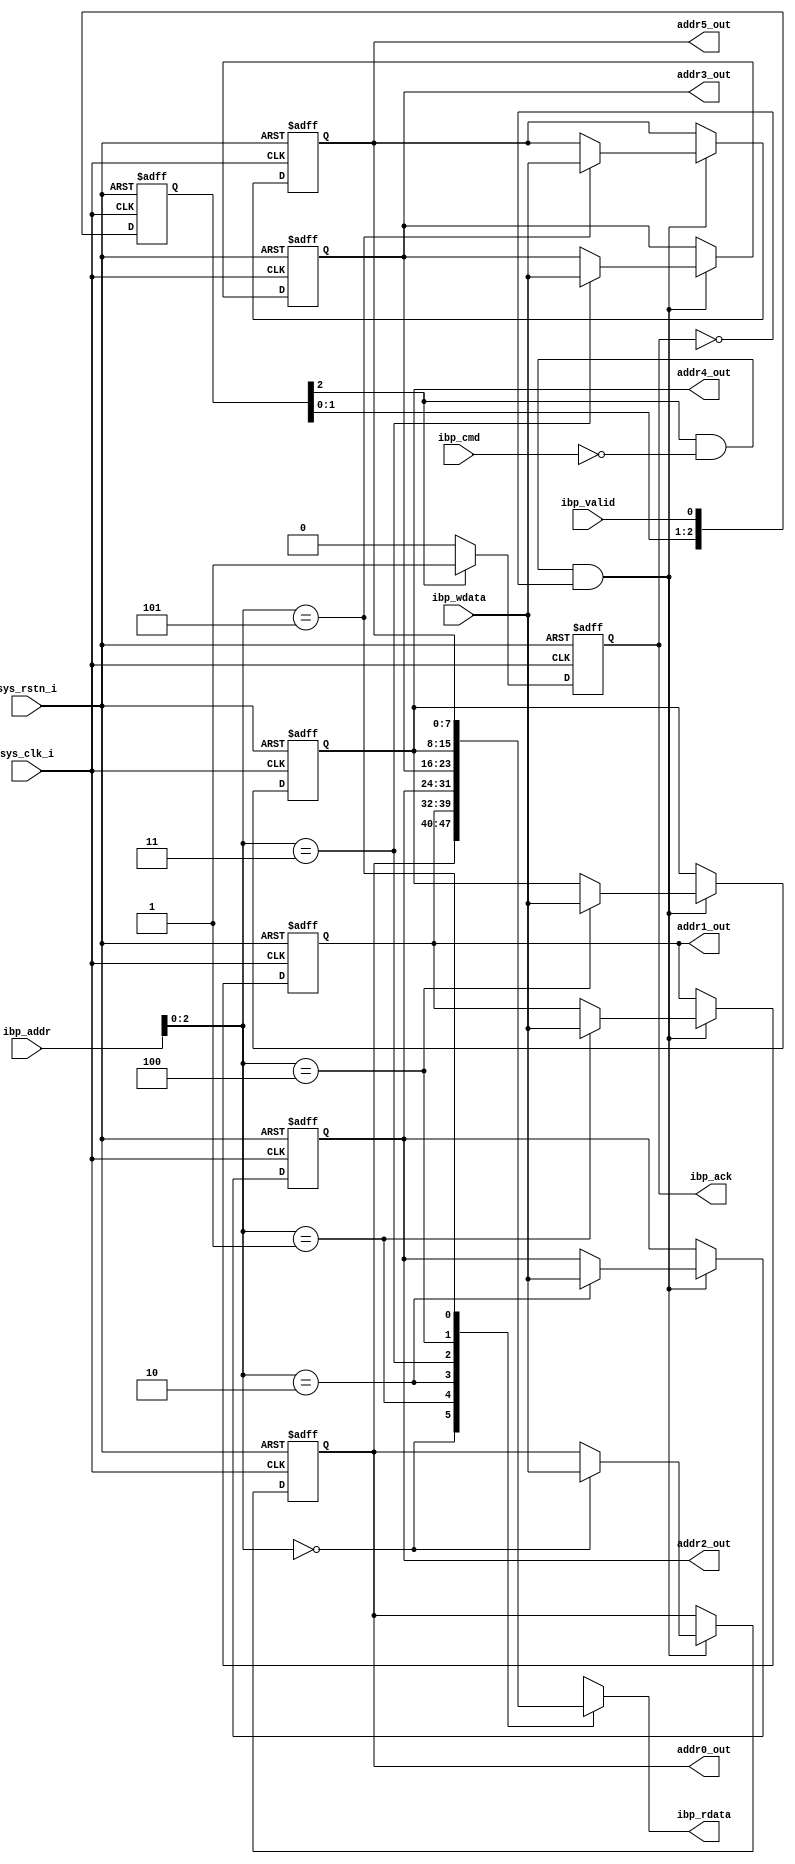
/*************************************************************************
 > Copyright (C) 2022 Sangfor Ltd. All rights reserved.
 > File Name   : reg_files.v
 > Author      : 
 > Mail        :  
 > Created Time: Thu 01 Dec 2022 12:49:20 PM CST
 ************************************************************************/
 
module reg_files(
    input wire         sys_clk_i,
    input wire         sys_rstn_i,

    // internal bus signal
    input  wire        ibp_cmd   ,
    input  wire [6:0]  ibp_addr  ,
    input  wire [7:0]  ibp_wdata ,
    input  wire        ibp_valid ,
    output wire        ibp_ack   , 
    output wire [7:0]  ibp_rdata ,

    // Regsiter Ouptut
    output wire [7:0]  addr0_out,
    output wire [7:0]  addr1_out,
    output wire [7:0]  addr2_out,
    output wire [7:0]  addr3_out,
    output wire [7:0]  addr4_out,
    output wire [7:0]  addr5_out
);

    parameter cReadCmd  = 1'b1;
    parameter cWriteCmd = 1'b0;
    parameter cMemDepth = 6;

    localparam cAddr0Init = 8'h00;
    localparam cAddr1Init = 8'h01;
    localparam cAddr2Init = 8'hEF;
    localparam cAddr3Init = 8'h00;
    localparam cAddr4Init = 8'hFF;
    localparam cAddr5Init = 8'hAF;


    reg [2:0] ibp_valid_debounce;
    reg [7:0] mem [cMemDepth-1:0];

    // SPI Read feedback
    assign ibp_rdata =  mem[ibp_addr];

    // Register file output
    assign addr0_out = mem[0];
    assign addr1_out = mem[1];
    assign addr2_out = mem[2];
    assign addr3_out = mem[3];
    assign addr4_out = mem[4];
    assign addr5_out = mem[5];

    // signal synchronized, from sclk domain data to sys_clk_i domain
    reg  ibp_ack_r;
    always @(posedge sys_clk_i, negedge sys_rstn_i) begin
        if(!sys_rstn_i) begin
            ibp_valid_debounce <= 0;
            ibp_ack_r <= 1'b1;
        end else begin
            if(ibp_valid_debounce[2]) begin
                ibp_ack_r <= 1'b1;
            end else begin
                ibp_ack_r <= 1'b0;  
            end
            ibp_valid_debounce <= {ibp_valid_debounce[1:0],ibp_valid};
        end
    end

    assign ibp_ack = ibp_ack_r;

    always @(posedge sys_clk_i, negedge sys_rstn_i) begin
        if(!sys_rstn_i) begin
            mem[0] <= cAddr0Init;
            mem[1] <= cAddr1Init;
            mem[2] <= cAddr2Init;
            mem[3] <= cAddr3Init;
            mem[4] <= cAddr4Init;
            mem[5] <= cAddr5Init;
        end else begin
            if(ibp_valid_debounce[2] & (ibp_cmd == cWriteCmd) & (~ibp_ack)) begin
                mem[ibp_addr] <= ibp_wdata;
            end
        end
    end




endmodule